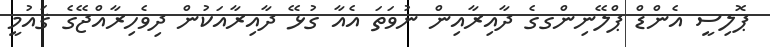
ޕޮލިސީ އެންޑް ޕްލޭނިންގގެ ދާއިރާއިން ނުވަތަ އެއާ ގުޅޭ ދާއިރާއަކުން ދިވެހިރާއްޖޭގެ ޤައުމީ